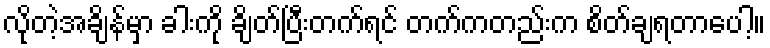
လိုတဲ့အချိန်မှာ ခါးကို ချိတ်ပြီးတက်ရင် တက်ကတည်းက စိတ်ချရတာပေါ့။